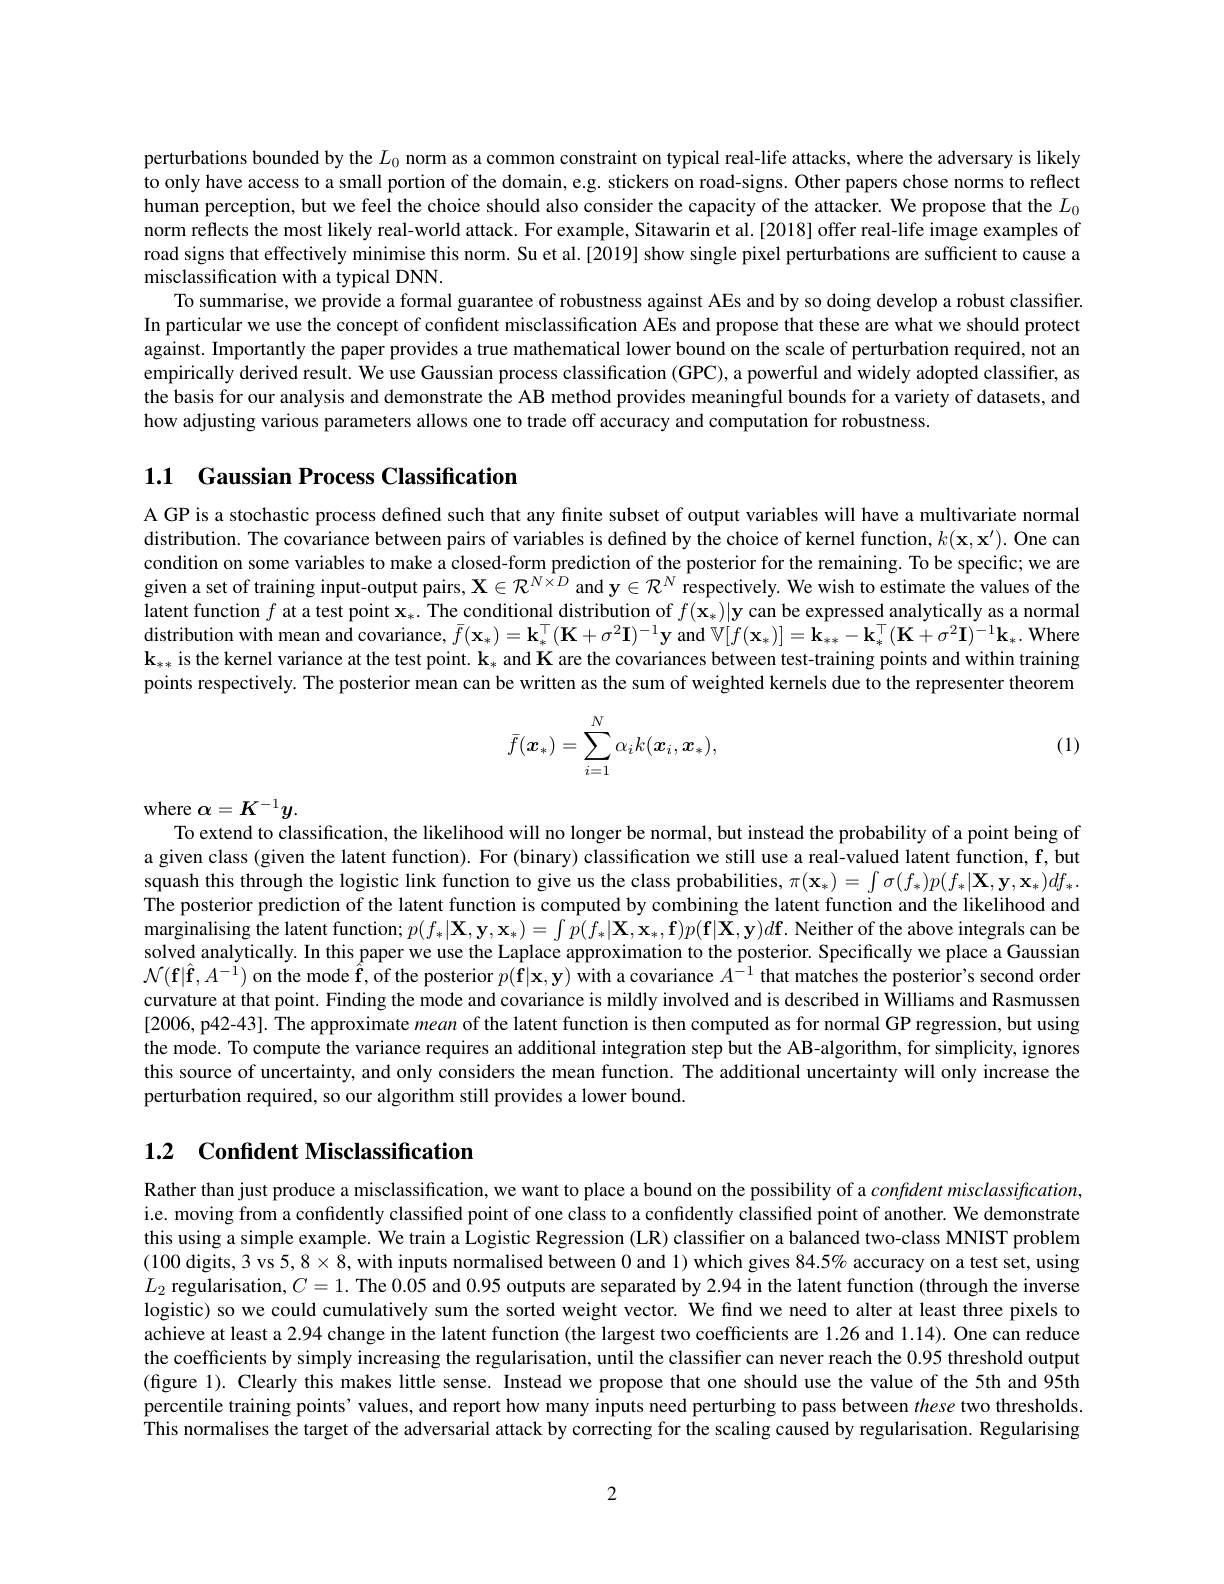
perturbations bounded by the $L_0$ norm as a common constraint on typical real-life attacks, where the adversary is likely to only have access to a small portion of the domain, e.g. stickers on road-signs. Other papers chose norms to reflect human perception, but we feel the choice should also consider the capacity of the attacker. We propose that the $L_0$ norm reflects the most likely real-world attack. For example, Sitawarin et al.[2018] offer real-life image examples of road signs that effectively minimise this norm. Su et al.[2019] show single pixel perturbations are sufficient to cause a misclassification with a typical DNN.
To summarise, we provide a formal guarantee of robustness against AEs and by so doing develop a robust classifier In particular we use the concept of confident misclassification AEs and propose that these are what we should protect against. Importantly the paper provides a true mathematical lower bound on the scale of perturbation required, not an empirically derived result. We use Gaussian process classification (GPC), a powerful and widely adopted classifier, as the basis for our analysis and demonstrate the AB method provides meaningful bounds for a variety of datasets, ande how adjusting various parameters allows one to trade off accuracy and computation for robustness

## 1.1 Gaussian Process Classification

A GP is a stochastic process defined such that any finite subset of output variables will have a multivariate normal distribution. The covariance between pairs of variables is defined by the choice of kernel function, $k(\mathbf{x},\mathbf{x}^{\prime}).$ One can condition on some variables to make a closed-form prediction of the posterior for the remaining. To be specific; we are given a set of training input-output pairs, $\mathbf{X}\in\mathcal{R}^{N\times D}$ and y$\in\mathcal{R}^N$ respectively. We wish to estimate the values of the latent function $f$ at a test point $\mathbf{x}_*.$ The conditional distribution of $f(\mathbf{x}_*)|\mathbf{y}$ can be expressed analytically as a normal distribution with mean and covariance, $\bar{f}(\mathbf{x}_*)=\mathbf{k}_*^\top(\mathbf{K}+\sigma^2\mathbf{I})^{-1}\mathbf{y}$ and $\mathbb{V}[f(\mathbf{x}_*)]=\mathbf{k}_**-\mathbf{k}_*^\top(\mathbf{K}+\sigma^2\mathbf{I})^{-1}\mathbf{k}_*.$ Where $\mathbf{k}_{**}$ is the kernel variance at the test point. $\mathbf{k}_*$ and K are the covariances between test-training points and within training points respectively. The posterior mean can be written as the sum of weighted kernels due to the representer theorem
$$\bar{f}(\boldsymbol{x}_*)=\sum_{i=1}^N\alpha_ik(\boldsymbol{x}_i,\boldsymbol{x}_*),$$
(1)

where $\alpha=K^{-1}y.$
To extend to classification, the likelihood will no longer be normal, but instead the probability of a point being of a given class (given the latent function). For (binary) classification we still use a real-valued latent function, f, but squash this through the logistic link function to give us the class probabilities, $\pi(\mathbf{x}_*)=\int\sigma(f_*)p(f_*|\mathbf{X},\mathbf{y},\mathbf{x}_*)df_*.$ The posterior prediction of the latent function is computed by combining the latent function and the likelihood and marginalising the latent function; $p( f_* | \mathbf{X} , \mathbf{y} , \mathbf{x} _* ) = \int p( f_* | \mathbf{X} , \mathbf{x} _* , \mathbf{f} ) p( \mathbf{f} | \mathbf{X} , \mathbf{y} ) d\mathbf{f} . \textbf{Neither of the above integrals can be}$ solved analytically. In this paper we use the Laplace approximation to the posterior. Specifically we place a Gaussian $\mathcal{N} ( \mathbf{f} | \hat{\mathbf{f} } , A^{- \mathrm{i} })$ on the mode $\hat{\mathbf{f}}$,of the posterior $p(\hat{\mathbf{f}}|\mathbf{x},\mathbf{y})$ with a covariance $\hat{A^{-1}}$ that matches the posterior's second order curvature at that point. Finding the mode and covariance is mildly involved and is described in Williams and Rasmussen [2006, p42-43]. The approximate mean of the latent function is then computed as for normal GP regression, but using the mode. To compute the variance requires an additional integration step but the AB-algorithm, for simplicity, ignores this source of uncertainty, and only considers the mean function. The additional uncertainty will only increase the perturbation required, so our algorithm still provides a lower bound

# 1.2 Confident Misclassification

Rather than just produce a misclassification, we want to place a bound on the possibility of a confdent misclassification i.e. moving from a confidently classified point of one class to a confidently classified point of another. We demonstrate this using a simple example. We train a Logistic Regression (LR) classifier on a balanced two-class MNIST problem (100 digits, 3 vs 5, 8$\times8$, with inputs normalised between 0 and 1) which gives 84.5% accuracy on a test set, using $L_2$ regularisation, $C=1.$ The 0.05 and 0.95 outputs are separated by 2.94 in the latent function (through the inverse logistic) so we could cumulatively sum the sorted weight vector. We find we need to alter at least three pixels to achieve at least a 2.94 change in the latent function (the largest two coefficients are 1.26 and 1.14). One can reduce the coefficients by simply increasing the regularisation, until the classifier can never reach the 0.95 threshold output (figure 1). Clearly this makes little sense. Instead we propose that one should use the value of the 5th and 95th percentile training points' values, and report how many inputs need perturbing to pass between these two thresholds This normalises the target of the adversarial attack by correcting for the scaling caused by regularisation. Regularising

2